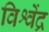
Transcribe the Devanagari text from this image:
विश्वेंद्र